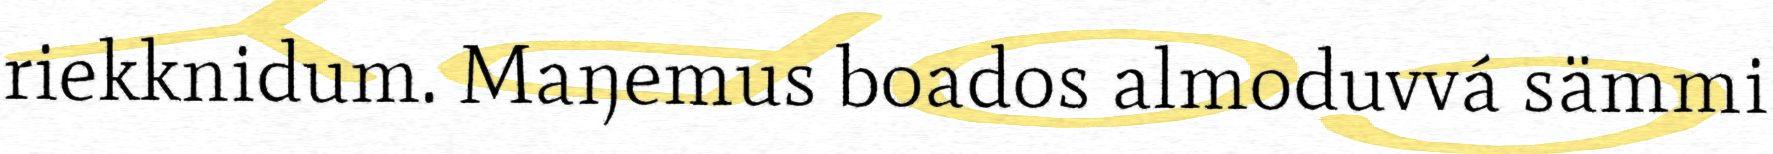
riekknidum. Maŋemus boados almoduvvá sämmi